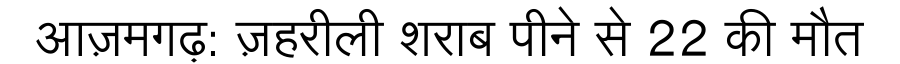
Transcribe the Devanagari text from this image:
आज़मगढ़: ज़हरीली शराब पीने से 22 की मौत